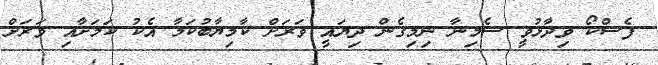
ފެސްކޯ ވިދާޅުވީ ސެމިނާ ނިމިގެން ދިޔައީ ވަރަށް ކާމިޔާބުކަމާ އެކު ކަމަށާއި ވަރަށް